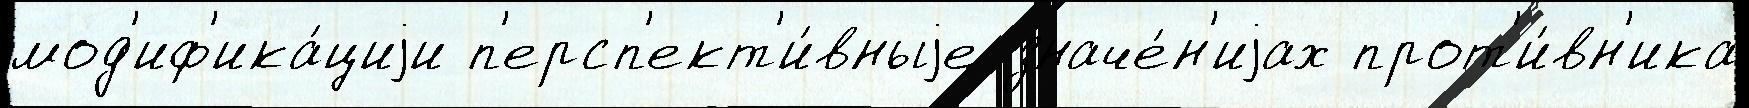
мод'иф'ика́циjи п'ерсп'ект'и́вныjе значе́н'иjах прот'и́вн'ика